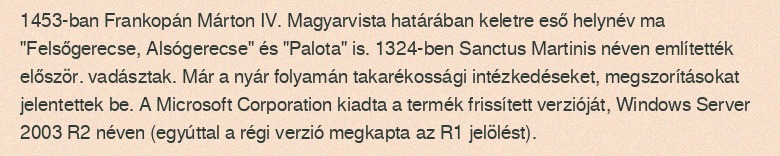
1453-ban Frankopán Márton IV. Magyarvista határában keletre eső helynév ma "Felsőgerecse, Alsógerecse" és "Palota" is. 1324-ben Sanctus Martinis néven említették először. vadásztak. Már a nyár folyamán takarékossági intézkedéseket, megszorításokat jelentettek be. A Microsoft Corporation kiadta a termék frissített verzióját, Windows Server 2003 R2 néven (egyúttal a régi verzió megkapta az R1 jelölést).